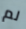
لم